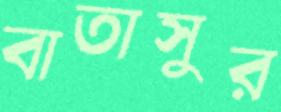
বাতাসুর